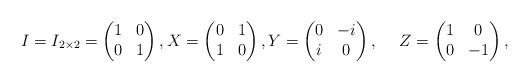
LaTeX: \begin{align*}I=I_{2 \times 2}=\begin{pmatrix}1 & 0\\0 & 1\end{pmatrix}, X=\begin{pmatrix}0 & 1\\1 & 0\end{pmatrix}, Y=\begin{pmatrix}0 & -i\\i & 0\end{pmatrix}, ~~ ~~Z=\begin{pmatrix}1 & 0\\0 & -1\end{pmatrix},\end{align*}